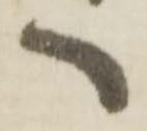
へ